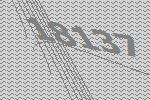
18137